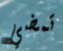
تمضي